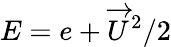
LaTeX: E=e+\overrightarrow{U}^{2}/2